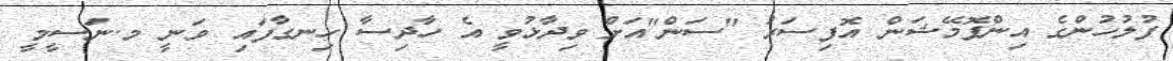
ފުލުހުންގެ އިންފޮމޭޝަން އޮފިސަރު "ސަން"އަށް ވިދާޅުވީ އެ ހާދިސާ ހިނގާފައި ވަނީ މ.ނަސީމީ